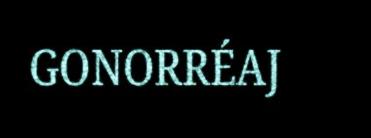
GONORRÉAJ